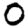
Digit: 0